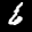
Label: 6